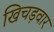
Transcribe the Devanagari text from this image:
खिचड़वार